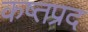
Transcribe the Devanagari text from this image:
कष्तप्रद